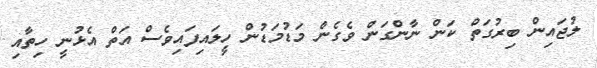
ލުޖައިން ބިރުގަތް ކަން ނާންގަން ވެގެން މަޑުމަޑުން ހީލައިފައިވެސް އަތް އެޅުނީ ހިތާއި